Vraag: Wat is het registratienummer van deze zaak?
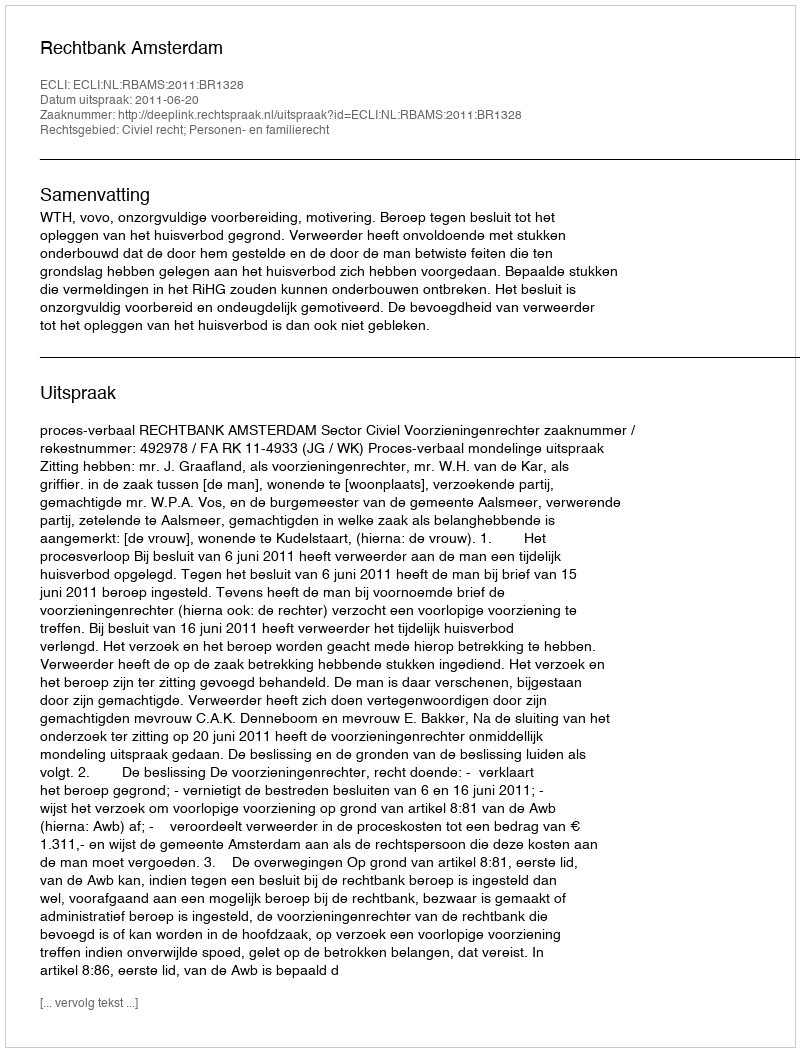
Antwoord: http://deeplink.rechtspraak.nl/uitspraak?id=ECLI:NL:RBAMS:2011:BR1328